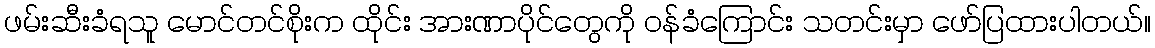
ဖမ်းဆီးခံရသူ မောင်တင်စိုးက ထိုင်း အားဏာပိုင်တွေကို ဝန်ခံကြောင်း သတင်းမှာ ဖော်ပြထားပါတယ်။